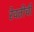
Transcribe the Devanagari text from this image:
रेवतीची